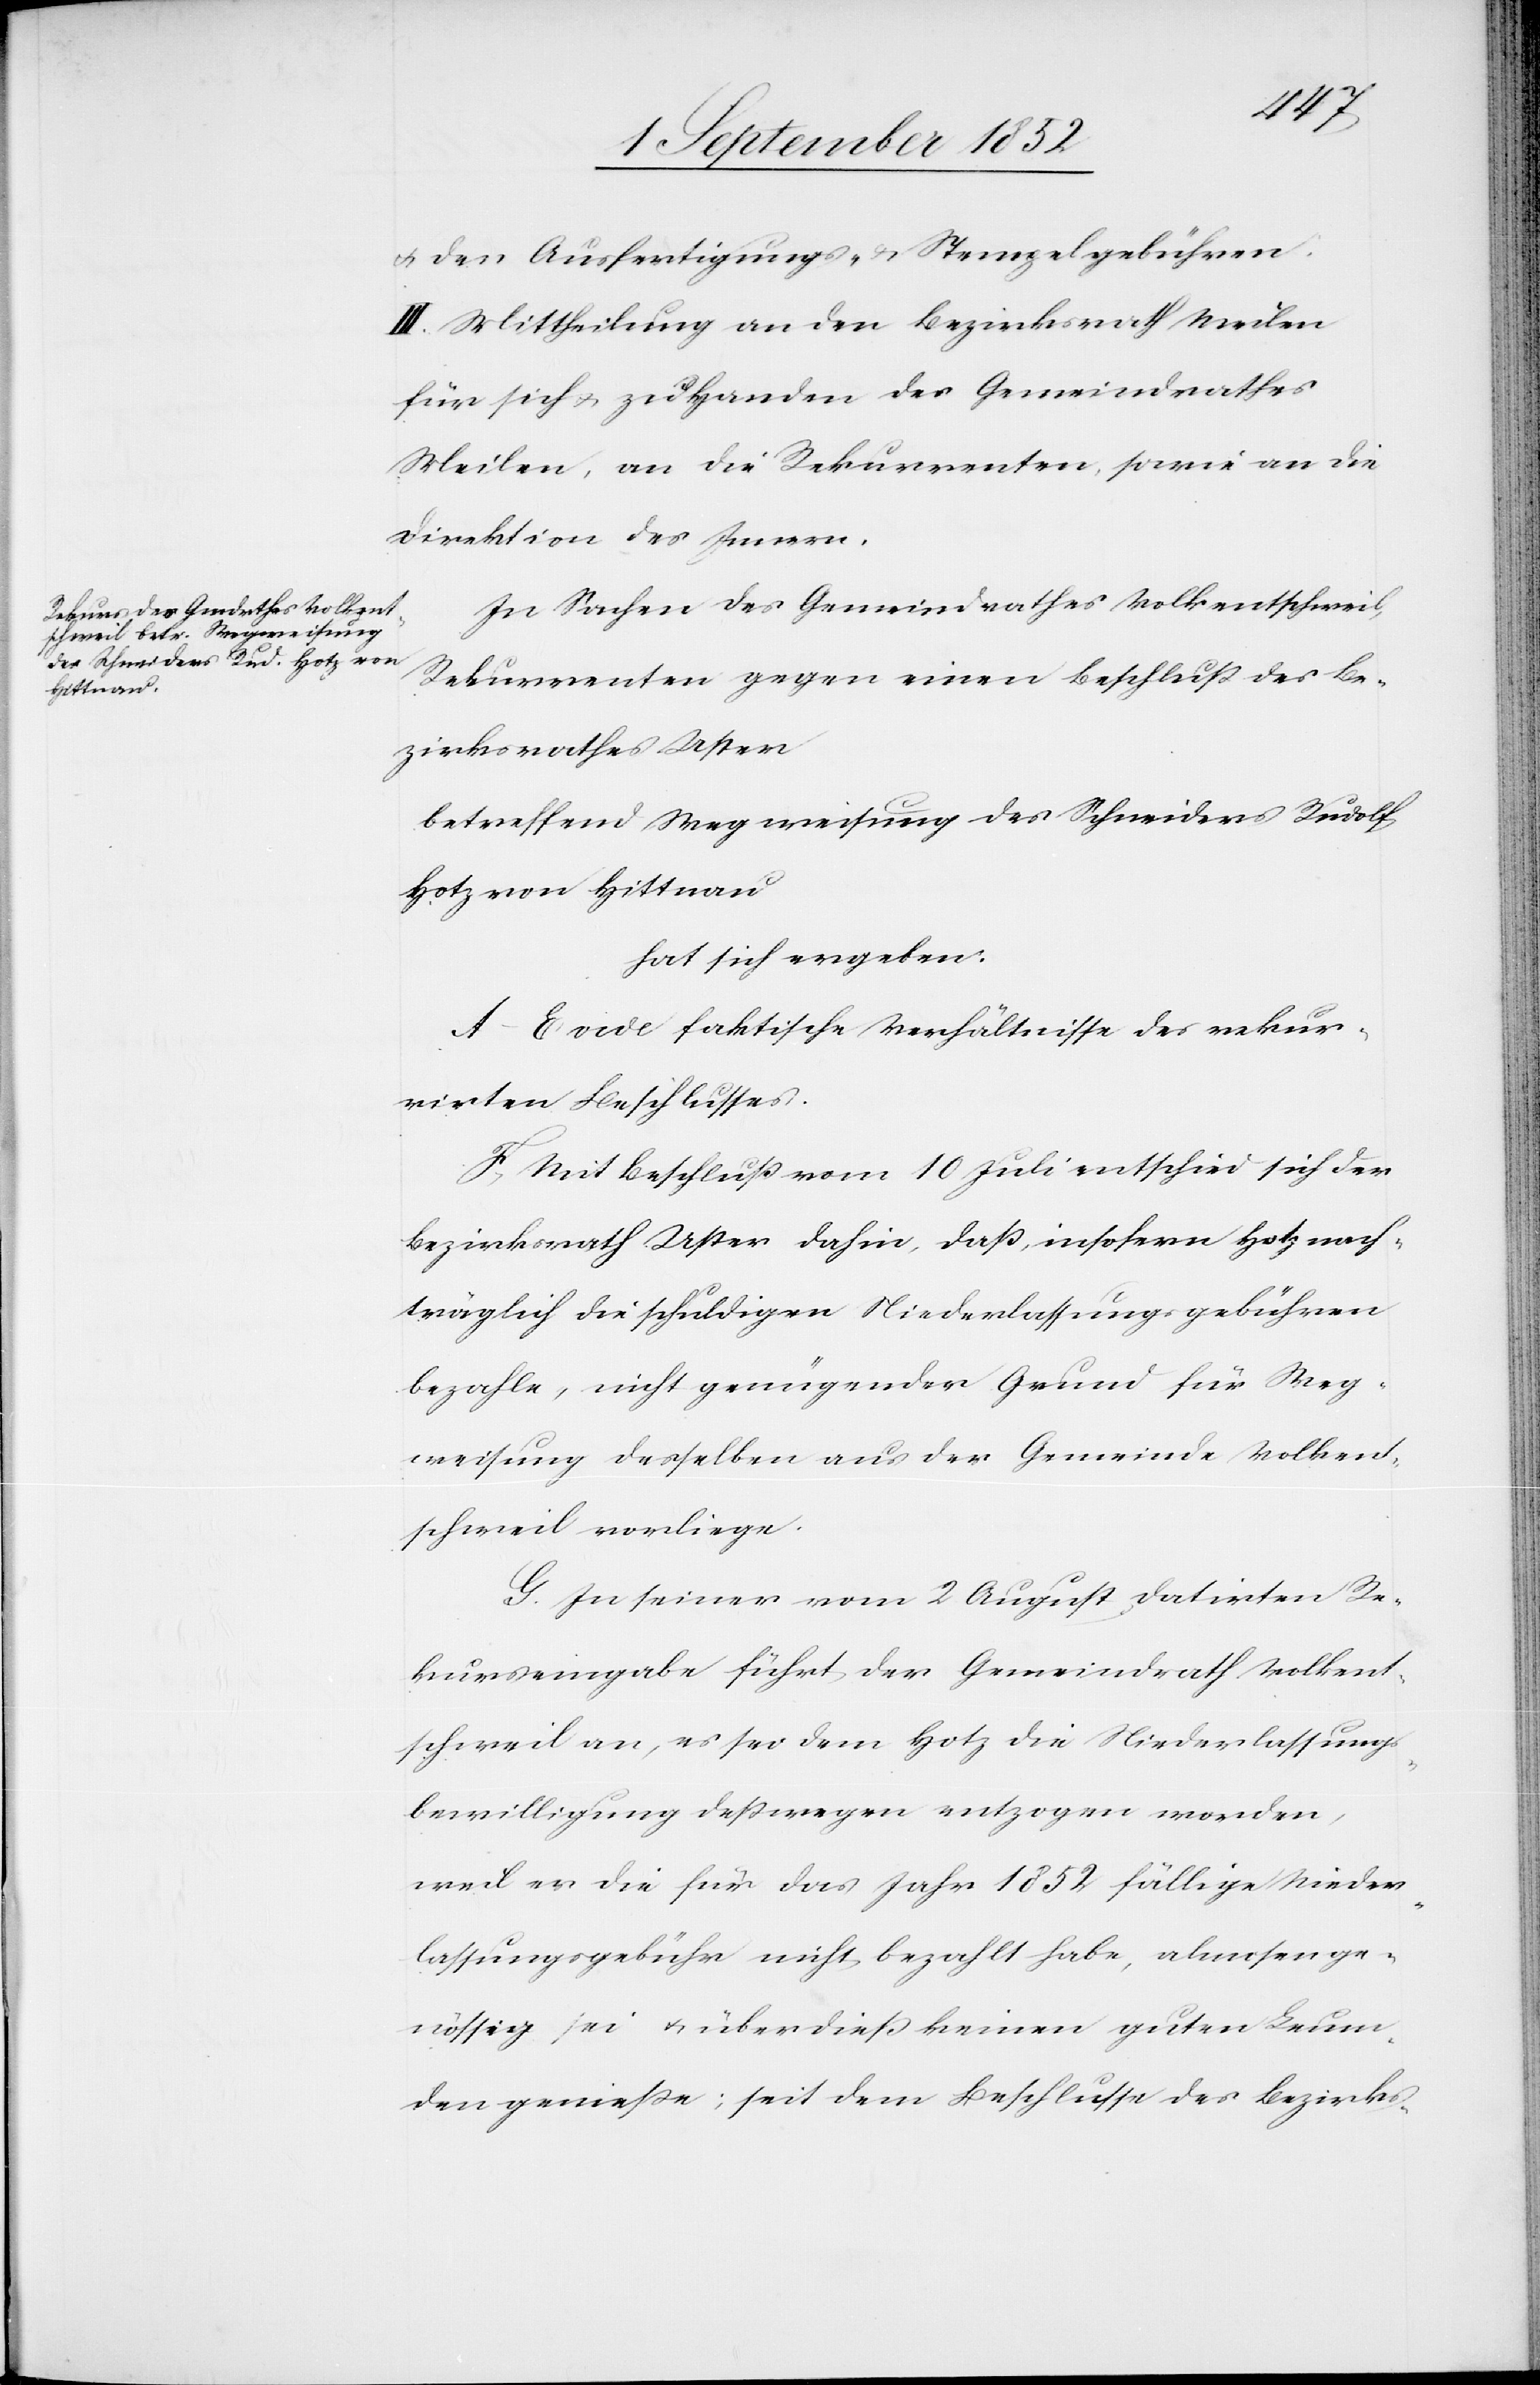
den Ausfertigungs- & Stempelgebühren.
III. Mittheilung an den Bezirksrath Meilen
für sich & zu Handen des Gemeindrathes
Meilen, an die Rekurrenten, sowie an die
Direktion des Innern.
In Sachen des Gemeindrathes Volkentschweil,
Rekurrenten gegen einen Beschluß des Be¬
zirksrathes Uster
betreffend Wegweisung des Schneiders Rudolf
Hotz von Hittnau
hat sich ergeben:
A–E vide faktische Verhältnisse des rekur¬
rirten Beschlusses.
F, Mit Beschluß vom 10 Juli entschied sich der
Bezirksrath Uster dahin, daß, insofern Hotz nach¬
träglich die schuldigen Niederlassungsgebühren
bezahle, nicht genügender Grund für Weg¬
weisung desselben aus der Gemeinde Volkent¬
schweil vorliege.
G. In seiner vom 2 August datirten Re¬
kurseingabe führt der Gemeindrath Volkent¬
schweil an, es sei dem Hotz die Niederlassungs¬
bewilligung deßwegen entzogen worden,
weil er die für das Jahr 1852 fällige Nieder¬
lassungsgebühr nicht bezahlt habe, almosenge¬
nössig sei & überdieß keinen guten Leum¬
den genieße; seit dem Beschlusse des Bezirks-